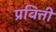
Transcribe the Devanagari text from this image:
प्रवित्ती